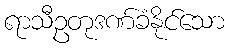
ရာသီဥတုဒဏ်ခံနိုင်သော